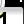
Digit: 1